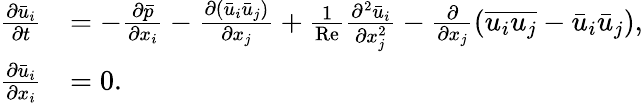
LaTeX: \begin{array}{rl}{\frac{\partial\bar{u}_{i}}{\partial t}}&{=-\frac{\partial\bar{p}}{\partial x_{i}}-\frac{\partial(\bar{u}_{i}\bar{u}_{j})}{\partial x_{j}}+\frac{1}{\mathrm{Re}}\frac{\partial^{2}\bar{u}_{i}}{\partial x_{j}^{2}}-\frac{\partial}{\partial x_{j}}(\overline{{u_{i}u_{j}}}-\bar{u}_{i}\bar{u}_{j}),}\\ {\frac{\partial\bar{u}_{i}}{\partial x_{i}}}&{=0.}\end{array}